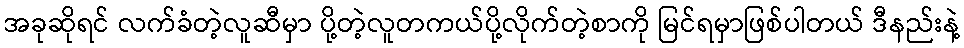
အခုဆိုရင် လက်ခံတဲ့လူဆီမှာ ပို့တဲ့လူတကယ်ပို့လိုက်တဲ့စာကို မြင်ရမှာဖြစ်ပါတယ် ဒီနည်းနဲ့